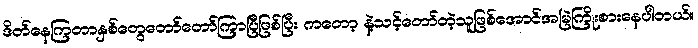
ဒိတ်နေကြတာနှစ်တွေတော်တော်ကြာပြီဖြစ်ပြီး ကတော့ နဲ့သင့်တော်တဲ့သူဖြစ်အောင်အမြဲကြိုးစားနေပါတယ်။